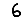
Digit: 6